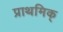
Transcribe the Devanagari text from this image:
प्राथमिक्